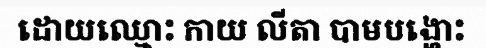
ដោយឈ្មោះ កាយ លីតា បាមបង្ហោះ